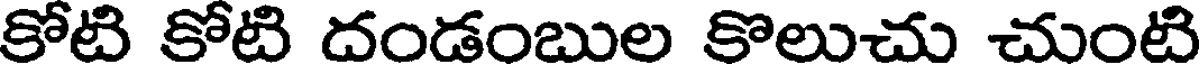
కోటి కోటి దండంబుల కొలుచు చుంటి